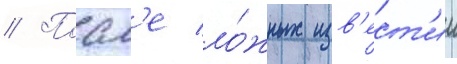
// Посл'е ло́жных изв'ест'ии